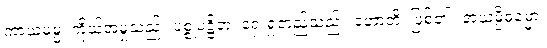
ကာယမမ္မံ၊ ကိုယ်အမှုသည်။ ပစ္စုပဋ္ဌိတံ၊ ရှေးရှုတည်သည်။ ဟောတိ၊ ဖြစ်၏။ အယမ္ပိဓမ္မော၊